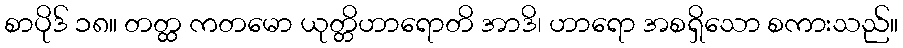
စာပိုဒ် ၁၈။ တတ္ထ ကတမော ယုတ္တိဟာရောတိ အာဒိ၊ ဟာရော အစရှိသော စကားသည်။